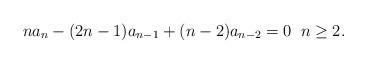
LaTeX: \begin{align*}na_n - (2n-1)a_{n-1} + (n-2)a_{n-2} = 0 \;\; n \ge 2.\end{align*}